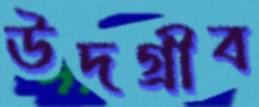
উদগ্রীব